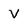
Character: v